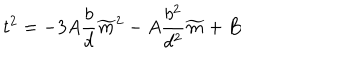
LaTeX: t ^ { 2 } = - 3 A \frac { b } { d } \widetilde { m } ^ { 2 } - A \frac { b ^ { 2 } } { d ^ { 2 } } \widetilde { m } + B